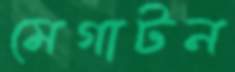
মেগাটন